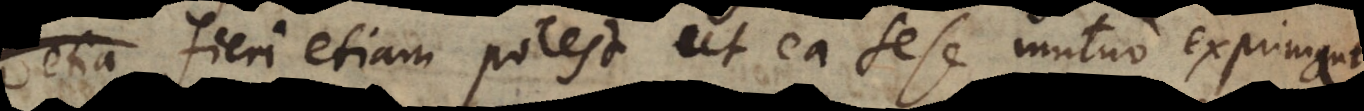
etia; fieri etiam potest ut ea sese mutuo exprimant